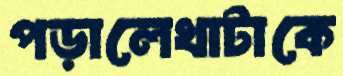
পড়ালেখাটাকে